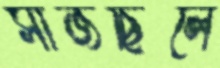
সাজছিলে